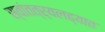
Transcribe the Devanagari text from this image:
स्वांतत्र्यलढ्यात